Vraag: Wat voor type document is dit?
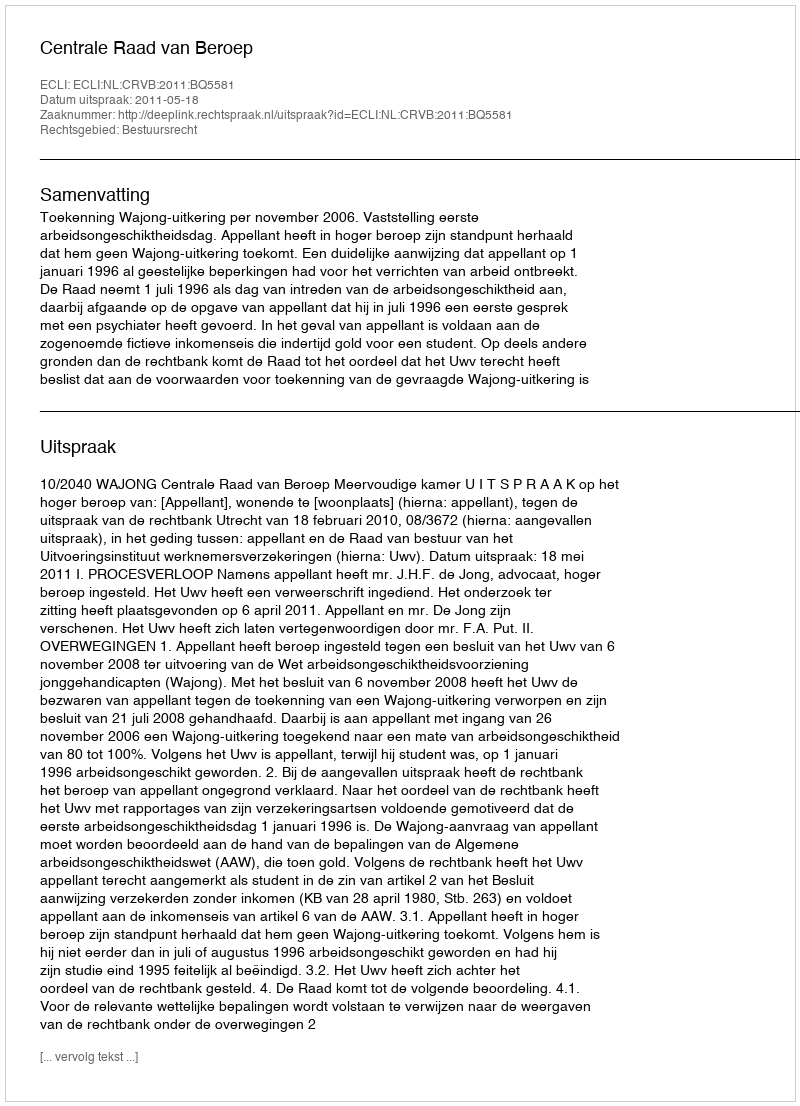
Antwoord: Uitspraak